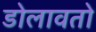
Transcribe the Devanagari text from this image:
डोलावतो